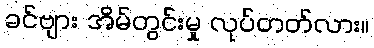
ခင်ဗျား အိမ်တွင်းမှု လုပ်တတ်လား။